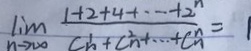
\lim _ { n \rightarrow \infty } \frac { 1 + 2 + 4 + \cdots + 2 ^ { n } } { C _ { n } ^ { 1 } + C _ { n } ^ { 2 } + C _ { n } ^ { n } } = 1